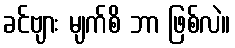
ခင်ဗျား မျက်စိ ဘာ ဖြစ်လဲ။